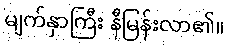
မျက်နှာကြီး နီမြန်းလာ၏။